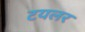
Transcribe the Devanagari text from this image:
टयलर